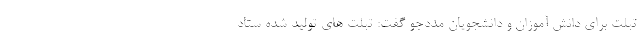
تبلت برای دانش آموزان و دانشجویان مددجو گفت: تبلت های تولید شده ستاد